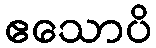
ဧသောပိ